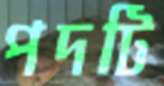
পদটি